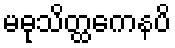
မဓုသိတ္ထကေနပိ